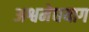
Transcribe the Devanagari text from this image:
अश्वमेघयाग